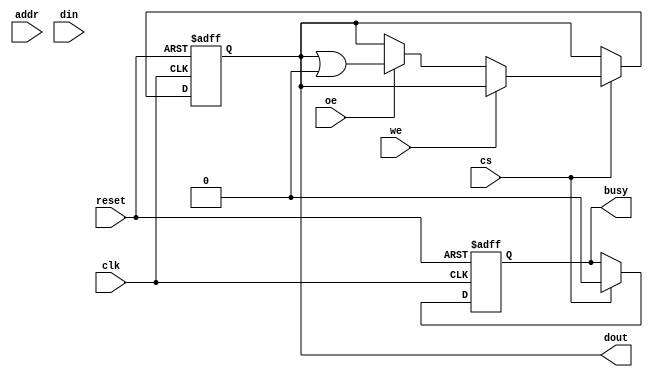
module burst_sram #(
    parameter DATA_WIDTH = 32,   // Configurable data bus width (8, 16, or 32 bits)
    parameter ADDR_WIDTH = 8,     // Address width for 256 x 256 bits
    parameter BURST_LENGTH = 4     // Configurable burst length (4, 8, or 16)
)(
    input wire clk,                // Clock signal
    input wire reset,              // Asynchronous reset
    input wire cs,                 // Chip Select
    input wire we,                 // Write Enable
    input wire oe,                 // Output Enable
    input wire [ADDR_WIDTH-1:0] addr,  // Address input
    input wire [DATA_WIDTH-1:0] din,   // Data input
    output reg [DATA_WIDTH-1:0] dout,   // Data output
    output reg busy                // Indicates operation in progress
);

    // Memory Array
    reg [DATA_WIDTH-1:0] memory [0:(1 << ADDR_WIDTH)-1];

    // Burst operation control
    integer burst_count;

    always @(posedge clk or posedge reset) begin
        if (reset) begin
            dout <= 0;
            busy <= 0;
            burst_count <= 0;
        end else begin
            if (cs) begin
                if (we) begin
                    // Burst Write Operation
                    busy <= 1;
                    for (burst_count = 0; burst_count < BURST_LENGTH; burst_count = burst_count + 1) begin
                        memory[addr + burst_count] <= din;
                    end
                end else if (oe) begin
                    // Burst Read Operation
                    busy <= 1;
                    dout <= 0; // Clear dout initially
                    for (burst_count = 0; burst_count < BURST_LENGTH; burst_count = burst_count + 1) begin
                        dout <= dout | (memory[addr + burst_count] << (burst_count * DATA_WIDTH));
                    end
                end
                busy <= 0; // Operation is completed
            end
        end
    end

endmodule